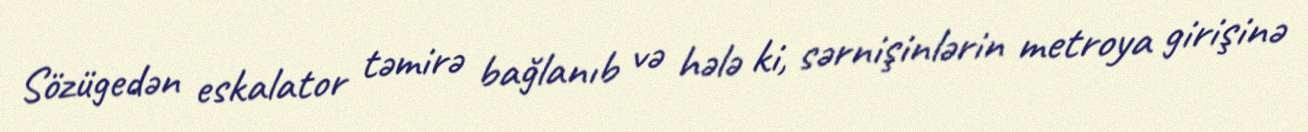
Sözügedən eskalator təmirə bağlanıb və hələ ki, sərnişinlərin metroya girişinə